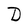
Character: D